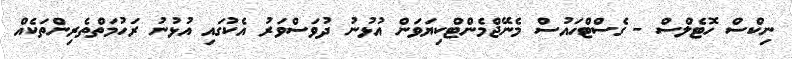
ނިކްސް ހޮޓެލްސް - ގެސްޓްހައުސްް މެނޭޖްމެންޓްކިޔަވަން އުޅުނު ދުވަސްވަރު އެކުގައި އުޅުނު ރަހުމަތްތެރިންތަކެއް